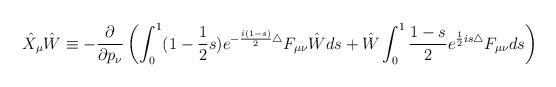
LaTeX: \begin{align*}\hat{X}_\mu\hat{W} \equiv -\frac{\partial}{\partial p_\nu}\left(\int_0^1 (1-\frac{1}{2}s)e^{-\frac{i(1-s)}{2}\bigtriangleup}F_{\mu\nu}\hat{W}ds+ \hat{W} \int_0^1\frac{1-s}{2}e^{\frac{1}{2}is\bigtriangleup}F_{\mu\nu}ds\right)\end{align*}